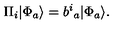
\Pi _ { i } | \Phi _ { a } \rangle = b ^ { i } { } _ { a } | \Phi _ { a } \rangle .